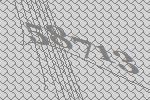
58713